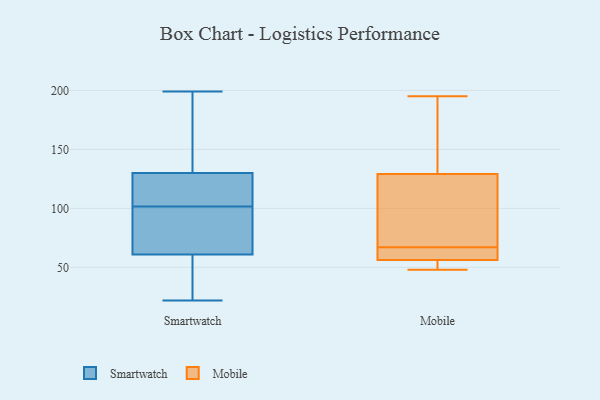
{"axis": {"x": "Revenue (USD Million)", "y": "Value"}, "legend": ["Mobile", "Smartwatch"], "data": [{"x": "", "y": 80, "type": "Smartwatch"}, {"x": "", "y": 149, "type": "Smartwatch"}, {"x": "", "y": 61, "type": "Smartwatch"}, {"x": "", "y": 199, "type": "Smartwatch"}, {"x": "", "y": 130, "type": "Smartwatch"}, {"x": "", "y": 96, "type": "Smartwatch"}, {"x": "", "y": 127, "type": "Smartwatch"}, {"x": "", "y": 122, "type": "Smartwatch"}, {"x": "", "y": 65, "type": "Smartwatch"}, {"x": "", "y": 194, "type": "Smartwatch"}, {"x": "", "y": 29, "type": "Smartwatch"}, {"x": "", "y": 107, "type": "Smartwatch"}, {"x": "", "y": 34, "type": "Smartwatch"}, {"x": "", "y": 22, "type": "Smartwatch"}, {"x": "", "y": 134, "type": "Mobile"}, {"x": "", "y": 81, "type": "Mobile"}, {"x": "", "y": 63, "type": "Mobile"}, {"x": "", "y": 49, "type": "Mobile"}, {"x": "", "y": 51, "type": "Mobile"}, {"x": "", "y": 115, "type": "Mobile"}, {"x": "", "y": 195, "type": "Mobile"}, {"x": "", "y": 67, "type": "Mobile"}, {"x": "", "y": 64, "type": "Mobile"}, {"x": "", "y": 48, "type": "Mobile"}, {"x": "", "y": 54, "type": "Mobile"}, {"x": "", "y": 80, "type": "Mobile"}, {"x": "", "y": 67, "type": "Mobile"}, {"x": "", "y": 136, "type": "Mobile"}, {"x": "", "y": 148, "type": "Mobile"}]}